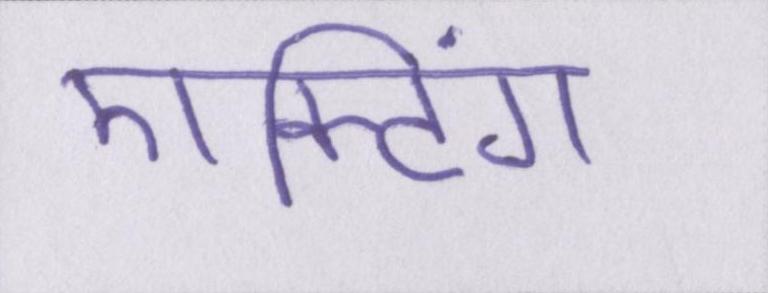
एक्टिंग